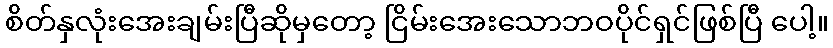
စိတ်နှလုံးအေးချမ်းပြီဆိုမှတော့ ငြိမ်းအေးသောဘဝပိုင်ရှင်ဖြစ်ပြီ ပေါ့။